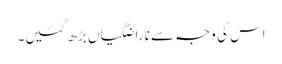
اس کی وجہ سے ناراضگیاں بڑھ گئیں۔